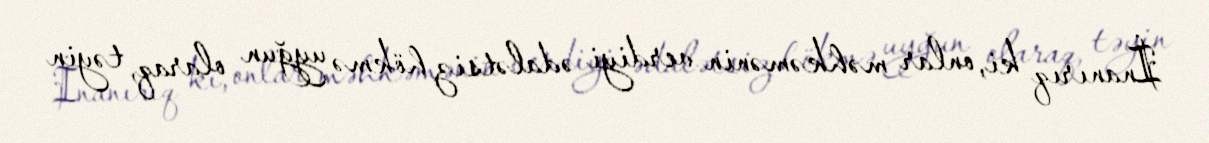
İnanırıq ki, onlar məhkəmənin verdiyi ədalətsiz hökmə uyğun olaraq, təyin